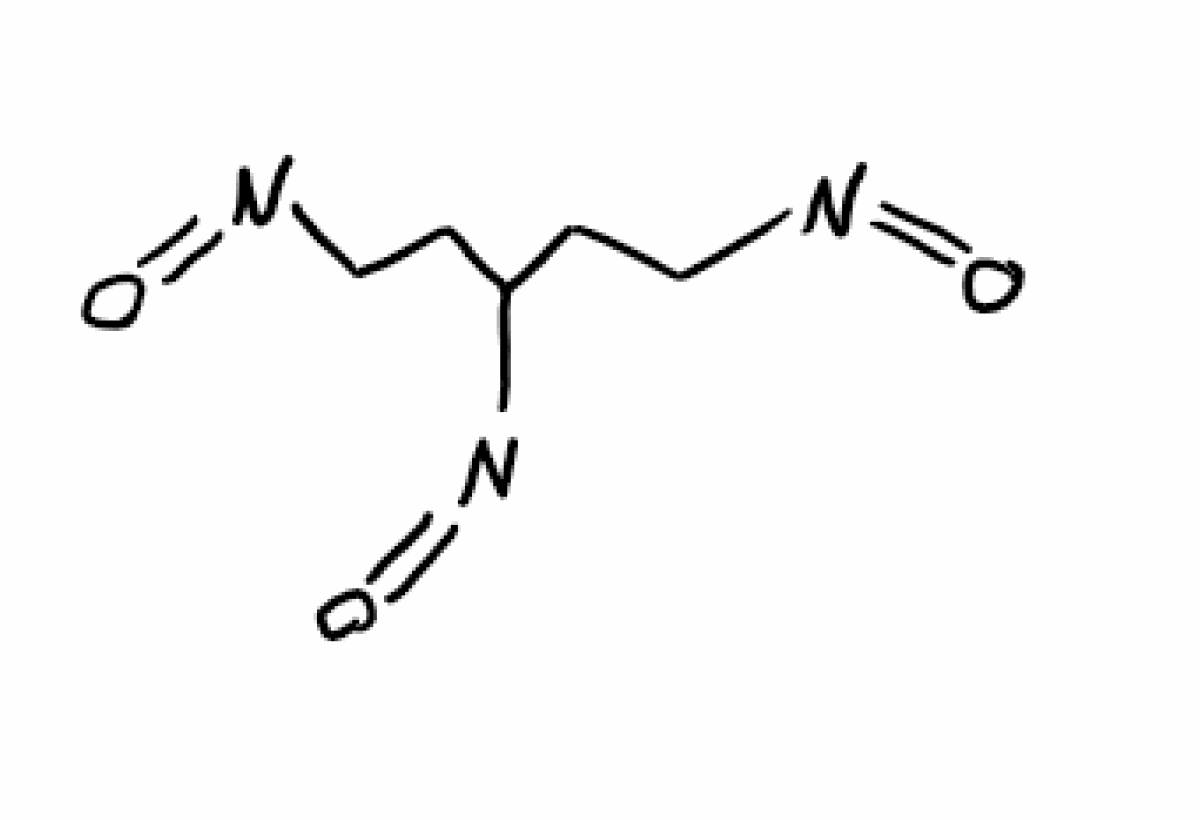
Simplified molecular-input line-entry system (SMILES) notation of the given molecule:
C(CN=O)C(CCN=O)N=O